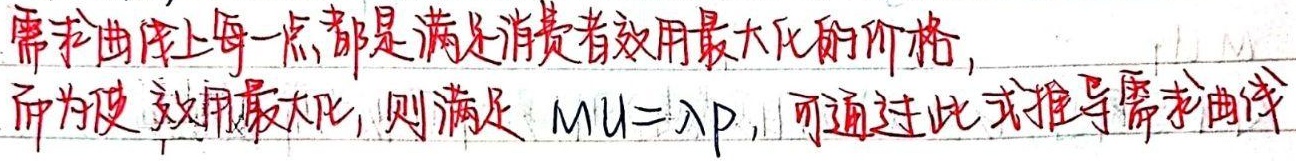
需求曲线上每一点都是满足消费者效用最大化的价格。而为使效用最大化，则满足 \(MU = \lambda P\)，可通过此式推导需求曲线。